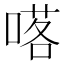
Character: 𠺴